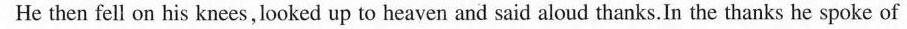
He then fell on his knees, looked up to heaven and said aloud thanks.In the thanks he spoke of